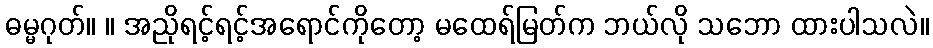
ဓမ္မဂုတ်။ ။ အညိုရင့်ရင့်အရောင်ကိုတော့ မထေရ်မြတ်က ဘယ်လို သဘော ထားပါသလဲ။